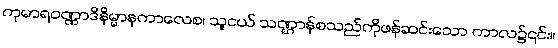
ကုမာရဝဏ္ဏာဒိနိမ္မာနကာလေစ၊ သူငယ် သဏ္ဌာန်စသည်ကိုဖန်ဆင်းသော ကာလ၌၎င်း။